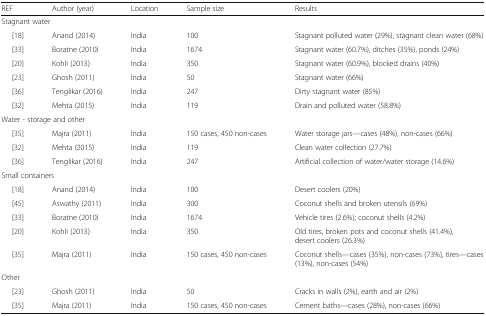
<table><thead><tr><td><b>REF</b></td><td><b>Author (year)</b></td><td><b>Location</b></td><td><b>Sample size</b></td><td><b>Results</b></td></tr></thead><tbody><tr><td colspan="5">Stagnant water</td></tr><tr><td>[18]</td><td>Anand (2014)</td><td>India</td><td>100</td><td>Stagnant polluted water (29%), stagnant clean water (68%)</td></tr><tr><td>[33]</td><td>Boratne (2010)</td><td>India</td><td>1674</td><td>Stagnant water (60.7%), ditches (35%), ponds (24%)</td></tr><tr><td>[20]</td><td>Kohli (2013)</td><td>India</td><td>350</td><td>Stagnant water (60.9%), blocked drains (40%)</td></tr><tr><td>[23]</td><td>Ghosh (2011)</td><td>India</td><td>50</td><td>Stagnant water (66%)</td></tr><tr><td>[36]</td><td>Tenglikar (2016)</td><td>India</td><td>247</td><td>Dirty stagnant water (85%)</td></tr><tr><td>[32]</td><td>Mehta (2015)</td><td>India</td><td>119</td><td>Drain and polluted water (58.8%)</td></tr><tr><td colspan="5">Water - storage and other</td></tr><tr><td>[35]</td><td>Majra (2011)</td><td>India</td><td>150 cases, 450 non-cases</td><td>Water storage jars—cases (48%), non-cases (66%)</td></tr><tr><td>[32]</td><td>Mehta (2015)</td><td>India</td><td>119</td><td>Clean water collection (27.7%)</td></tr><tr><td>[36]</td><td>Tenglikar (2016)</td><td>India</td><td>247</td><td>Artificial collection of water/water storage (14.6%)</td></tr><tr><td colspan="5">Small containers</td></tr><tr><td>[18]</td><td>Anand (2014)</td><td>India</td><td>100</td><td>Desert coolers (20%)</td></tr><tr><td>[45]</td><td>Aswathy (2011)</td><td>India</td><td>300</td><td>Coconut shells and broken utensils (69%)</td></tr><tr><td>[33]</td><td>Boratne (2010)</td><td>India</td><td>1674</td><td>Vehicle tires (2.6%); coconut shells (4.2%)</td></tr><tr><td>[20]</td><td>Kohli (2013)</td><td>India</td><td>350</td><td>Old tires, broken pots and coconut shells (41.4%), desert coolers (26.3%)</td></tr><tr><td>[35]</td><td>Majra (2011)</td><td>India</td><td>150 cases, 450 non-cases</td><td>Coconut shells—cases (35%), non-cases (73%), tires—cases (13%), non-cases (54%)</td></tr><tr><td colspan="5">Other</td></tr><tr><td>[23]</td><td>Ghosh (2011)</td><td>India</td><td>50</td><td>Cracks in walls (2%), earth and air (2%)</td></tr><tr><td>[35]</td><td>Majra (2011)</td><td>India</td><td>150 cases, 450 non-cases</td><td>Cement baths—cases (28%), non-cases (66%)</td></tr></tbody></table>